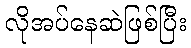
လိုအပ်နေဆဲဖြစ်ပြီး